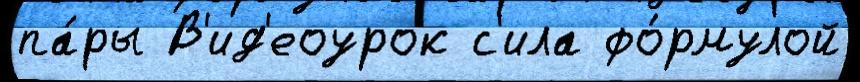
па́ры В'ид'еоурок с'ила фо́рмулой